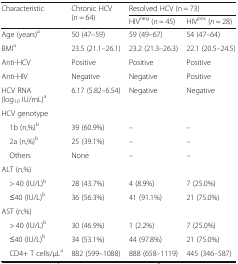
<table><thead><tr><td rowspan="2"><b>Characteristic</b></td><td rowspan="2"><b>Chronic HCV (<i>n</i> = 64)</b></td><td colspan="2"><b>Resolved HCV (n = 73)</b></td></tr><tr><td><b>HIV<sup>neg</sup> (<i>n</i> = 45)</b></td><td><b>HIV<sup>pos</sup> (<i>n</i> = 28)</b></td></tr></thead><tbody><tr><td>Age (years)<sup>a</sup></td><td>50 (47–59)</td><td>59 (49–67)</td><td>54 (47–64)</td></tr><tr><td>BMI<sup>a</sup></td><td>23.5 (21.1–26.1)</td><td>23.2 (21.3–26.3)</td><td>22.1 (20.5–24.5)</td></tr><tr><td>Anti-HCV</td><td>Positive</td><td>Positive</td><td>Positive</td></tr><tr><td>Anti-HIV</td><td>Negative</td><td>Negative</td><td>Positive</td></tr><tr><td>HCV RNA (log<sub>10</sub> IU/mL)<sup>a</sup></td><td>6.17 (5.82–6.54)</td><td>Negative</td><td>Negative</td></tr><tr><td colspan="4">HCV genotype</td></tr><tr><td> 1b (n,%)<sup>b</sup></td><td>39 (60.9%)</td><td>–</td><td>–</td></tr><tr><td> 2a (n,%)<sup>b</sup></td><td>25 (39.1%)</td><td>–</td><td>–</td></tr><tr><td> Others</td><td>None</td><td>–</td><td>–</td></tr><tr><td colspan="4">ALT (n,%)</td></tr><tr><td> &gt; 40 (IU/L)<sup>b</sup></td><td>28 (43.7%)</td><td>4 (8.9%)</td><td>7 (25.0%)</td></tr><tr><td> ≤40 (IU/L)<sup>b</sup></td><td>36 (56.3%)</td><td>41 (91.1%)</td><td>21 (75.0%)</td></tr><tr><td colspan="4">AST (n,%)</td></tr><tr><td> &gt; 40 (IU/L)<sup>b</sup></td><td>30 (46.9%)</td><td>1 (2.2%)</td><td>7 (25.0%)</td></tr><tr><td> ≤40 (IU/L)<sup>b</sup></td><td>34 (53.1%)</td><td>44 (97.8%)</td><td>21 (75.0%)</td></tr><tr><td> CD4+ T cells/μL<sup>a</sup></td><td>882 (599–1088)</td><td>888 (658–1119)</td><td>445 (346–587)</td></tr></tbody></table>